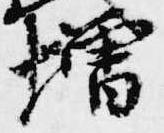
増